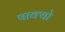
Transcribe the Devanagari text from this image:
षाक्यो